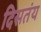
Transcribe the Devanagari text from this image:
दिसतंय